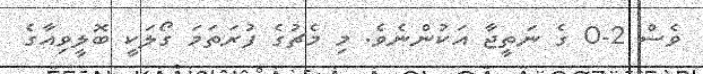
ވެސް 2-0 ގެ ނަތީޖާ އަކުންނެވެ. މި މެޗުގެ ފުރަތަމަ ގޯލަކީ ބޮލީވިއާގެ